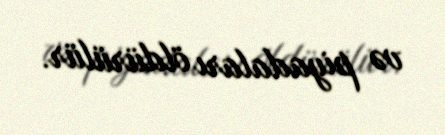
və piyadaları öldürülür.